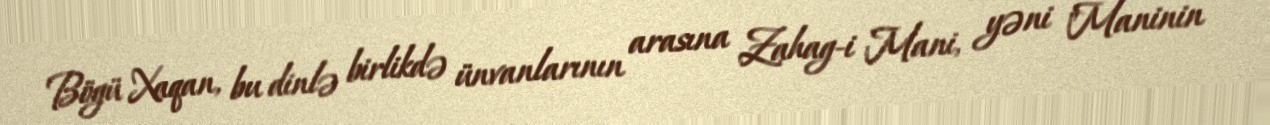
Bögü Xaqan, bu dinlə birlikdə ünvanlarının arasına Zahag-i Mani, yəni "Maninin